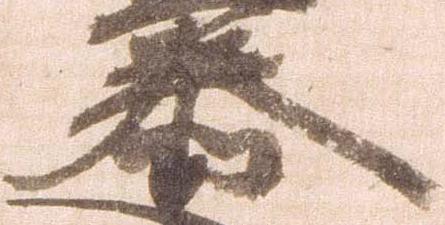
泰